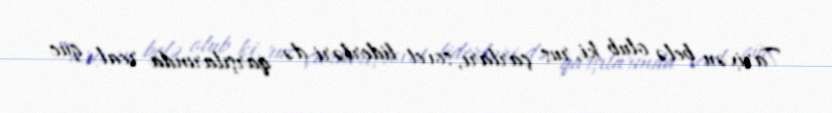
Tarixən belə olub ki, rus çarları, sovet liderləri də qarşılarında real güc